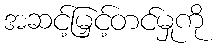
အဆင့်မြှင့်တင်မှုကို